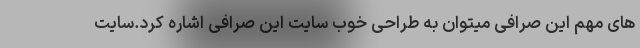
های مهم این صرافی میتوان به طراحی خوب سایت این صرافی اشاره کرد.سایت